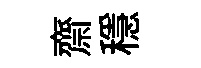
齋穩